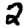
Digit: 2